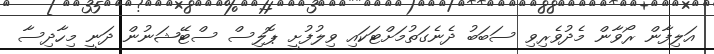
އަލިފާން ރޯވާން މެދުވެރިވި ސަބަބު ދެނެގަތުމަށްޓަކައި ވިލުފުށީ ޕޮލިސް ސްޓޭޝަނުން ދަނީ މިހާދިސާ